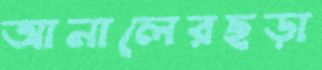
আনালেরছড়া